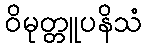
ဝိမုတ္တူပနိသံ